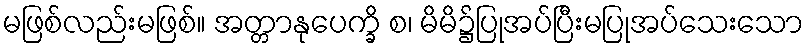
မဖြစ်လည်းမဖြစ်။ အတ္တာနုပေက္ခိ စ၊ မိမိ၌ပြုအပ်ပြီးမပြုအပ်သေးသော